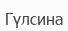
Гүлсина